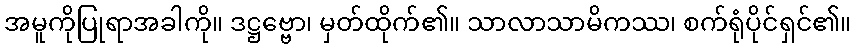
အမူကိုပြုရာအခါကို။ ဒဋ္ဌဗ္ဗော၊ မှတ်ထိုက်၏။ သာလာသာမိကဿ၊ စက်ရုံပိုင်ရှင်၏။